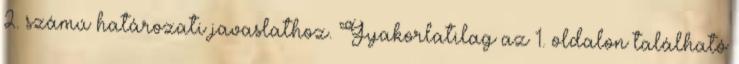
2. számú határozati javaslathoz. Gyakorlatilag az 1. oldalon található